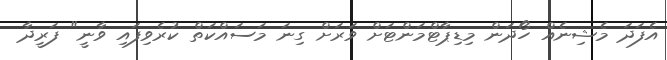
އެފަދަ މެޝިނެއް ހޯދަން މިޑިޕާޓްމަންޓަށް ވަރަށް ގިނަ މަސައްކަތް ކުރެވިފައި ވާނީ" ފަރީދާ